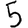
Digit: 5